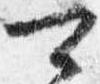
可